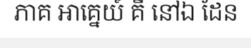
ភាគ អាគ្នេយ៍ គឺ នៅឯ ដែន